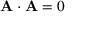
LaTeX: \mathbf { A \cdot A } = 0